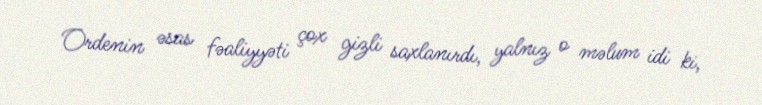
Ordenin əsas fəaliyyəti çox gizli saxlanırdı, yalnız o məlum idi ki,